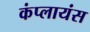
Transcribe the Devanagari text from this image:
कंप्लायंस